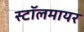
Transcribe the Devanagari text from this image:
स्टॉलमायर